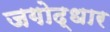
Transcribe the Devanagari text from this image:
जगोद्धार